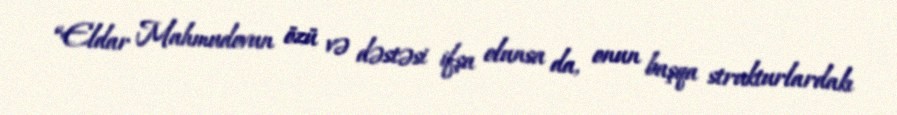
“Eldar Mahmudovun özü və dəstəsi ifşa olunsa da, onun başqa strukturlardakı